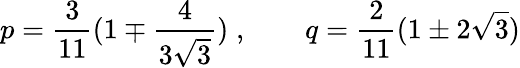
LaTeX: p=\frac{3}{11}(1\mp\frac{4}{3\sqrt{3}})\; ,\qquad q=\frac{2}{11}(1\pm 2\sqrt{3})